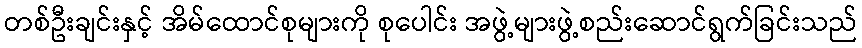
တစ်ဦးချင်းနှင့် အိမ်ထောင်စုများကို စုပေါင်း အဖွဲ့များဖွဲ့စည်းဆောင်ရွက်ခြင်းသည်